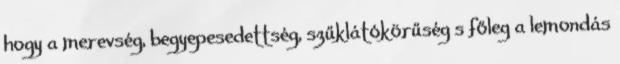
hogy a merevség, begyepesedettség, szűklátókörűség s főleg a lemondás